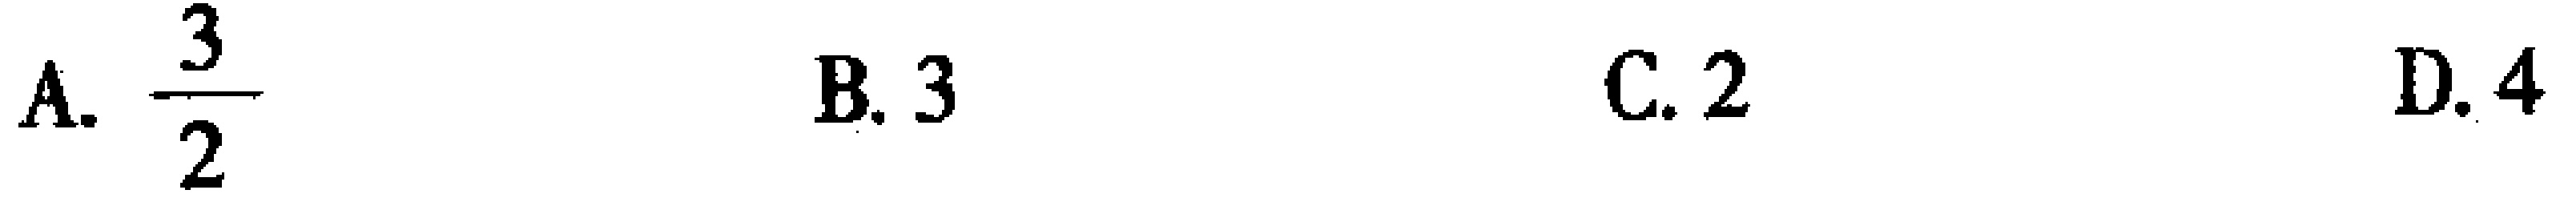
A. $\frac{3}{2}$  B. $3$  C. $2$  D. $4$